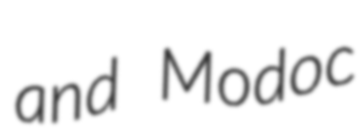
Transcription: and Modoc